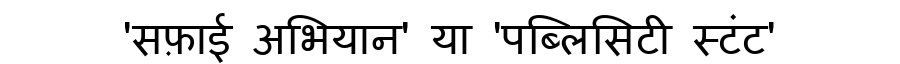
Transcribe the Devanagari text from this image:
'सफ़ाई अभियान' या 'पब्लिसिटी स्टंट'